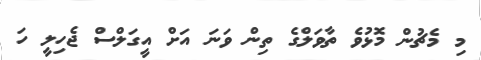
މި މެޗުން މޮޅުވެ ތާވަލްގެ ތިން ވަނަ އަށް އީގަލްސް ޖެހިލީ ހަ